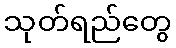
သုတ်ရည်တွေ